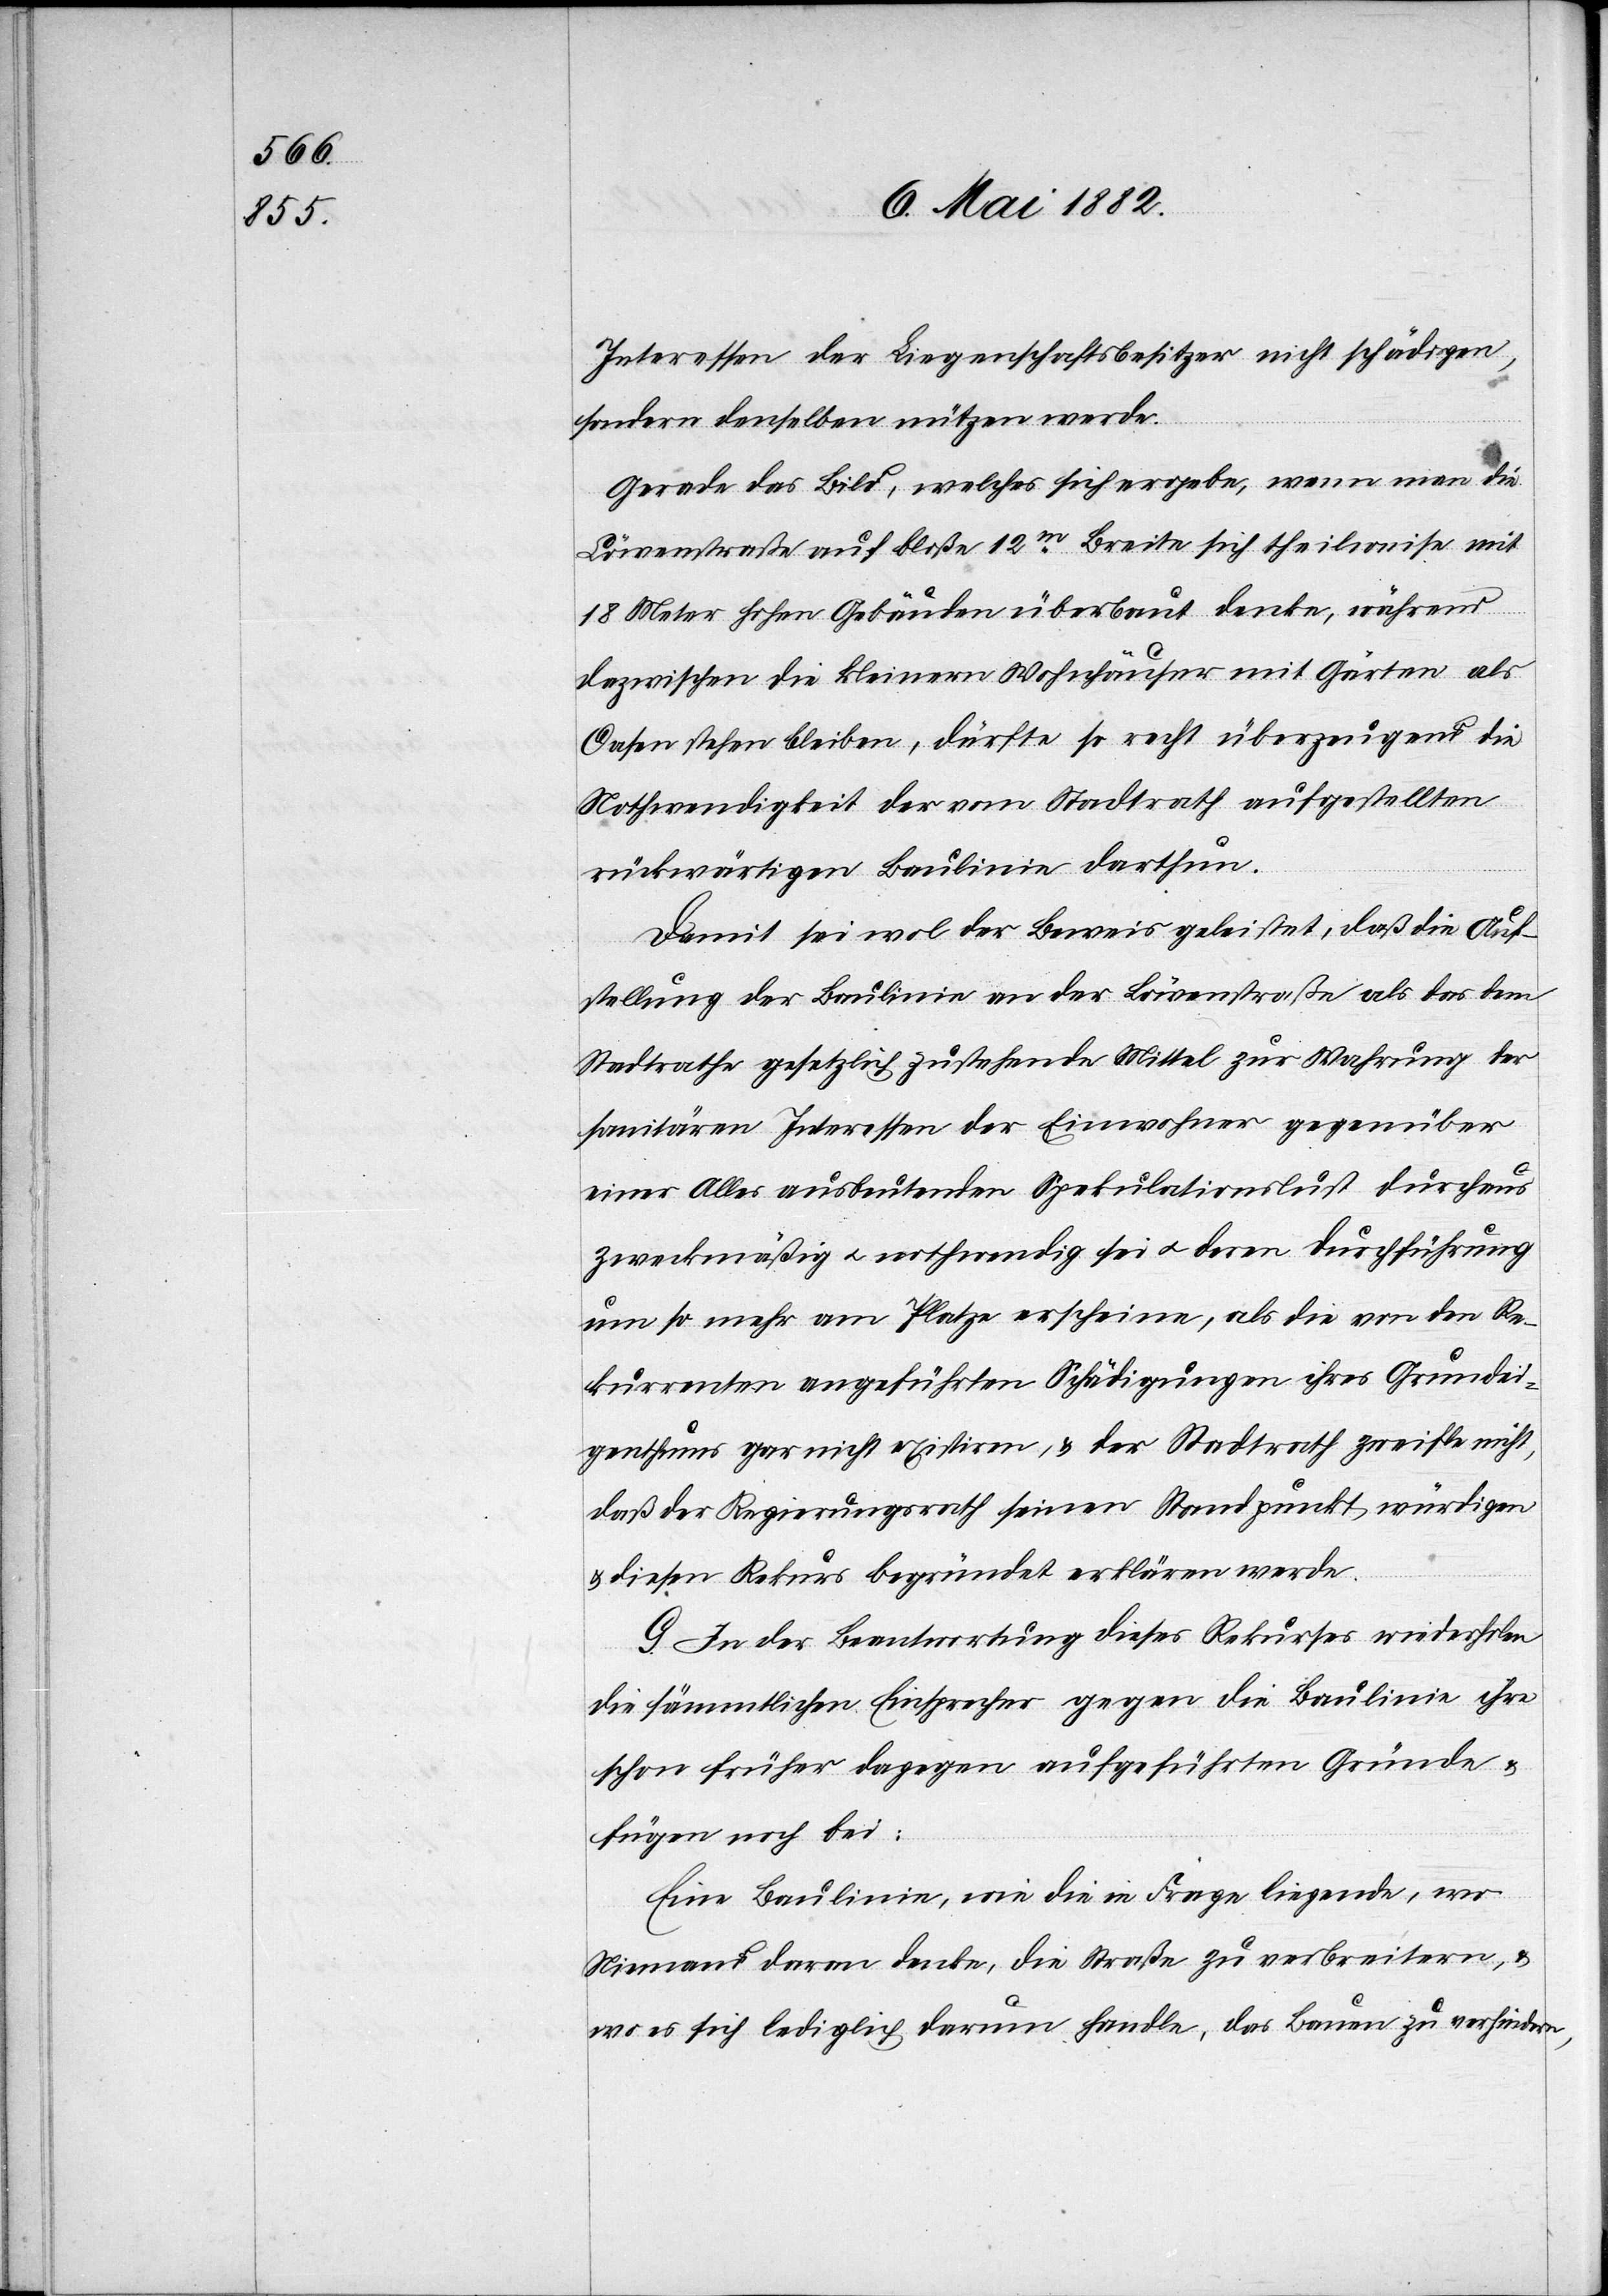
Interessen der Liegenschaftsbesitzer nicht schädigen,
sondern denselben nützen werde.
Gerade das Bild, welches sich ergebe, wenn man die
Löwenstraße auf bloße 12m Breite sich theilweise mit
18 Meter hohen Gebäuden überbaut denke, während
dazwischen die kleinern Wohnhäuser mit Gärten als
Oasen stehen bleiben, dürfte so recht überzeugend die
Nothwendigkeit der vom Stadtrath aufgestellten
rückwärtigen Baulinie darthun.
Damit sei wol der Beweis geleistet, daß die Auf¬
stellung der Baulinie an der Löwenstraße als das dem
Stadtrathe gesetzlich zustehende Mittel zur Wahrung der
sanitären Interessen der Einwohner gegenüber
einer Alles ausbeutenden Spekulationslust durchaus
zweckmäßig u. nothwendig sei u. deren Durchführung
um so mehr am Platze erscheine, als die von den Re¬
kurrenten angeführten Schädigungen ihres Grundei¬
genthums gar nicht existiren, & der Stadtrath zweifle nicht,
daß der Regierungsrath seinen Standpunkt würdigen
& diesen Rekurs begründet erklären werde.
G. In der Beantwortung dieses Rekurses wiederholen
die sämmtlichen Einsprecher gegen die Baulinie ihre
schon früher dagegen aufgeführten Gründe &
fügen noch bei:
Eine Baulinie, wie die in Frage liegende, wo
Niemand daran denke, die Straße zu verbreitern, &
wo es sich lediglich darum handle, das Bauen zu verhindern,